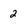
Character: 2